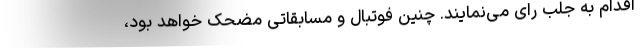
اقدام به جلب رای می‌نمایند. چنین فوتبال و مسابقاتی مضحک خواهد بود،